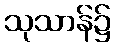
သုသာန်၌